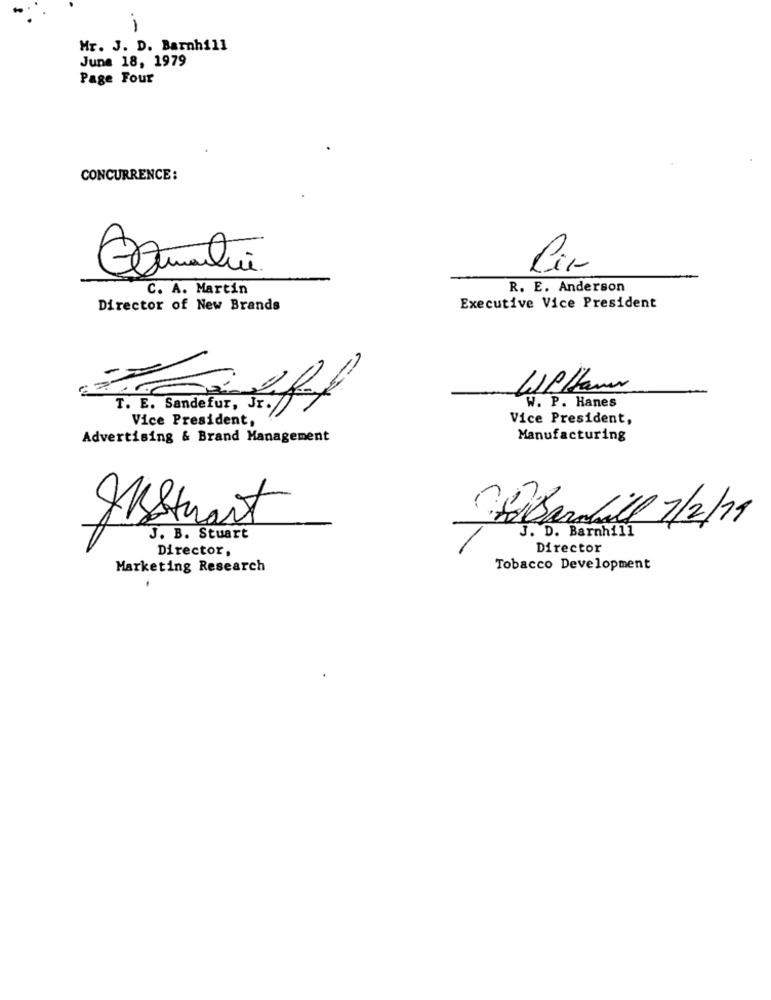
1
Mr. J. D. Barnhill
June 18, 1979
Page Four
CONCURRENCE :
Cir
C. A. Martin
R. E. Anderson
Director of New Brands
Executive Vice President
T. E. Sandefur, Jr.
W. P. Hanes
Vice President,
Vice President,
Advertising & Brand Management
Manufacturing
Justmart
Chabandrill 1/2/19
J. D. Barnhill
J. B. Stuart
Director,
Director
Marketing Research
Tobacco Development